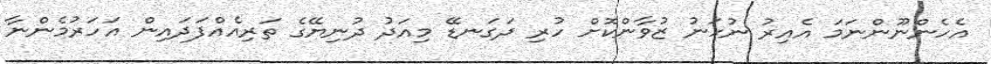
އެހެންނޫންނަމަ އެއިރު ނުހަނު ޒުވާންކޮށް ހުރި ދަގަނޑޭ މިއަދު ދުނިޔޭގެ ތަރިއެއްފަދައިން އަހަރުމެންނާ